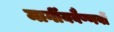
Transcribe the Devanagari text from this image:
मार्गीयवैष्णवों